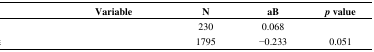
<table><thead><tr><td>[EMPTY_CELL]</td><td><b>Variable</b></td><td><b>N</b></td><td><b>aB</b></td><td><b><i>p</i> value</b></td></tr></thead><tbody><tr><td>[EMPTY_CELL]</td><td>[EMPTY_CELL]</td><td>230</td><td>0.068</td><td>[EMPTY_CELL]</td></tr><tr><td>[EMPTY_CELL]</td><td>[EMPTY_CELL]</td><td>1795</td><td>−0.233</td><td>0.051</td></tr></tbody></table>